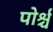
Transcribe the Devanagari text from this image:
पोर्श्च